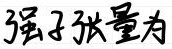
强子张量为